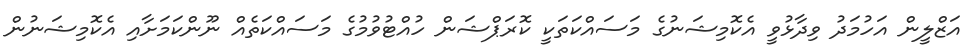
އަޒްލީން އަހުމަދު ވިދާޅުވީ އެކޮމިޝަނުގެ މަސައްކަތަކީ ކޮރަޕްޝަން ހުއްޓުވުމުގެ މަސައްކަތެއް ނޫންކަމަށާއި އެކޮމިޝަނުން